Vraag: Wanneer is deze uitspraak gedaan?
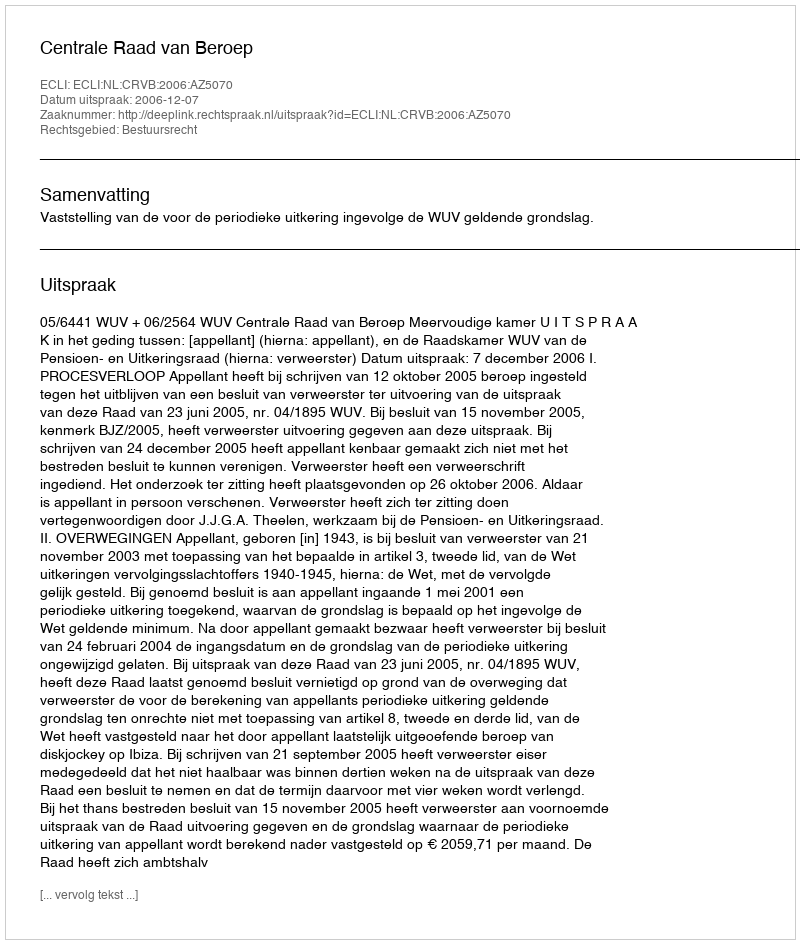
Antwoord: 2006-12-07